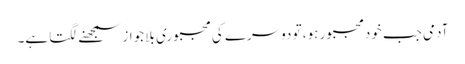
آدمی جب خودمجبور ہو، تو دوسرے کی مجبوری بلا جواز سمجھنے لگتا ہے۔